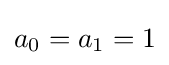
a_{0}=a_{1}=1